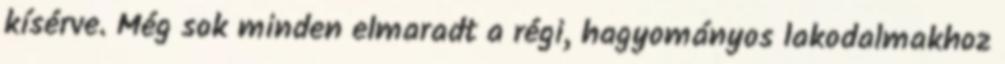
kísérve. Még sok minden elmaradt a régi, hagyományos lakodalmakhoz